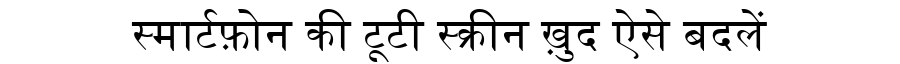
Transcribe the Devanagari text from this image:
स्मार्टफ़ोन की टूटी स्क्रीन ख़ुद ऐसे बदलें